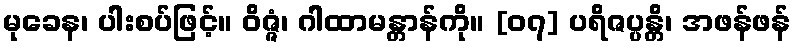
မုခေန၊ ပါးစပ်ဖြင့်။ ဝိဇ္ဇံ၊ ဂါထာမန္တာန်ကို။ [၀၇] ပရိဇပ္ပန္တိ၊ အဖန်ဖန်